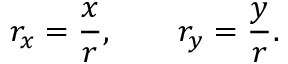
r _ { x } = \frac { x } { r } , \qquad r _ { y } = \frac { y } { r } .